Annual report on the Civil Veterinary Department, Burma (including the Insein Veterinary School) - 1923-1931
Year: 1923
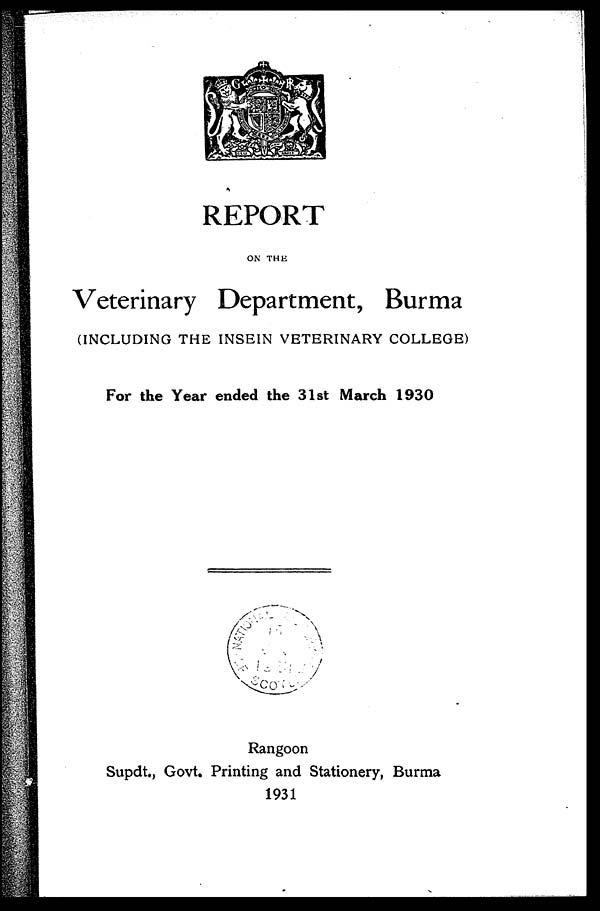
REPORT
ON THE
Veterinary Department, Burma
(INCLUDING THE INSEIN VETERINARY COLLEGE)
For the Year ended the 31st March 1930
Rangoon
Supdt., Govt. Printing and Stationery, Burma
1931